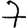
Digit: 7